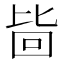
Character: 𱕾